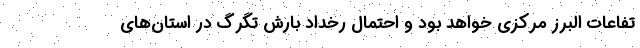
تفاعات البرز مرکزی خواهد بود و احتمال رخداد بارش تگرگ در استان‌های